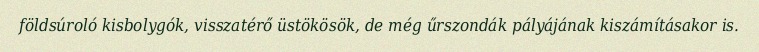
földsúroló kisbolygók, visszatérő üstökösök, de még űrszondák pályájának kiszámításakor is.